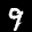
Label: 9